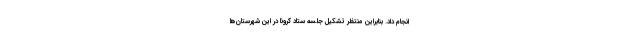
انجام داد. بنابراین منتظر تشکیل جلسه ستاد کرونا در این شهرستان‌ها